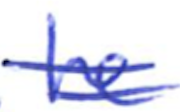
Text: he
Cross-out: double-line
Writing tool: ballpoint